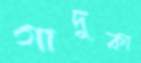
গাদুকা